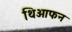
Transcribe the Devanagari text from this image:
थिओफन